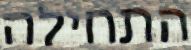
התחילה